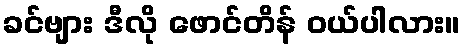
ခင်ဗျား ဒီလို ဖောင်တိန် ဝယ်ပါလား။